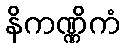
နိကဏ္ဏိကံ